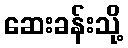
ဆေးခန်းသို့